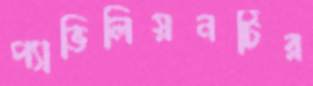
প্যাভিলিয়নটির